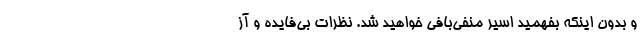
و بدون اینکه بفهمید اسیر منفی‌بافی خواهید شد. نظرات بی‌فایده و آز